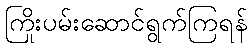
ကြိုးပမ်းဆောင်ရွက်ကြရန်